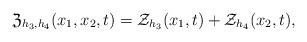
LaTeX: \begin{align*}\mathfrak Z_{h_3,h_4}(x_1,x_2,t)=\mathcal Z_{h_3}(x_1,t)+ \mathcal Z_{h_4}(x_2,t),\end{align*}